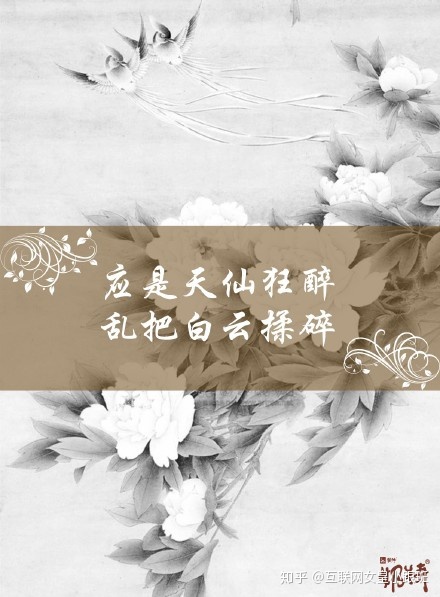
应是天仙狂醉，乱把白云揉碎。